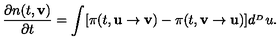
\frac { \partial n ( t , { \bf v } ) } { \partial t } = \int [ \pi ( t , { \bf u } \rightarrow { \bf v } ) - \pi ( t , { \bf v } \rightarrow { \bf u } ) ] d ^ { _ { ^ D } } u .